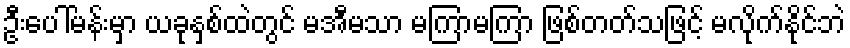
ဦးပေါ်မန်းမှာ ယခုနှစ်ထဲတွင် မအီမသာ မကြာမကြာ ဖြစ်တတ်သဖြင့် မလိုက်နိုင်ဘဲ